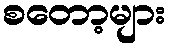
စတော့များ